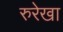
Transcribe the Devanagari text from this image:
रुरेखा